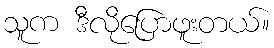
သူက ဒီလိုပြောဖူးတယ်။